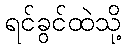
ရင်ခွင်ထဲသို့